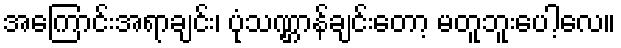
အကြောင်းအရာချင်း၊ ပုံသဏ္ဌာန်ချင်းတော့ မတူဘူးပေါ့လေ။